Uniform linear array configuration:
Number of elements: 4
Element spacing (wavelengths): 0.75
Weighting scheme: exponential
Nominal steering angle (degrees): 0
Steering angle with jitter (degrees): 0.582
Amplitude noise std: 0.05
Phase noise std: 0.05

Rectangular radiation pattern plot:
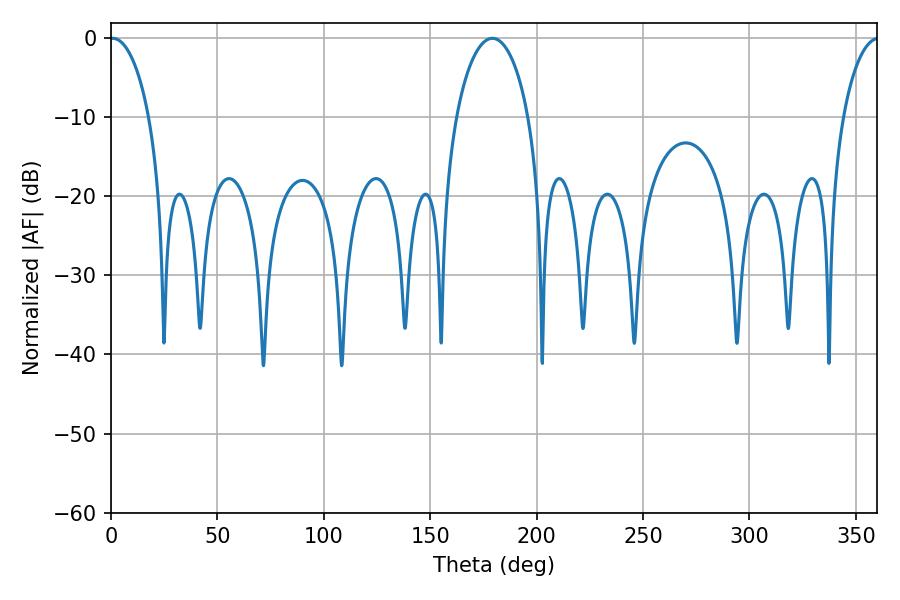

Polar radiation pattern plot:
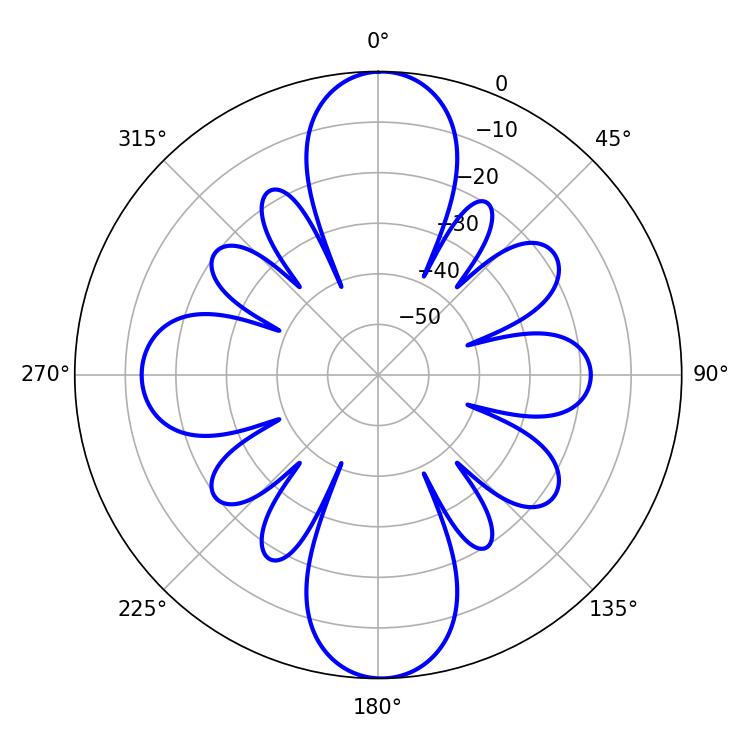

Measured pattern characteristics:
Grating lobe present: TRUE
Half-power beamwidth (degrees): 10.62
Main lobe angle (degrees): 0.72